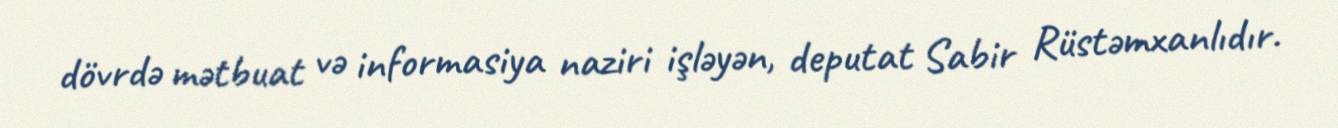
dövrdə mətbuat və informasiya naziri işləyən, deputat Sabir Rüstəmxanlıdır.